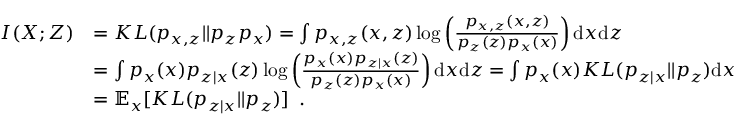
\begin{array} { r l } { I ( { X } ; { Z } ) } & { = K L ( p _ { x , z } | | p _ { z } p _ { x } ) = \int p _ { x , z } ( x , z ) \log \left( \frac { p _ { x , z } ( x , z ) } { p _ { z } ( z ) p _ { x } ( x ) } \right) \mathrm { d } x \mathrm { d } z } \\ & { = \int p _ { x } ( x ) p _ { z | x } ( z ) \log \left( \frac { p _ { x } ( x ) p _ { z | x } ( z ) } { p _ { z } ( z ) p _ { x } ( x ) } \right) \mathrm { d } x \mathrm { d } z = \int p _ { x } ( x ) K L ( p _ { z | x } | | p _ { z } ) \mathrm { d } x } \\ & { = \mathbb { E } _ { x } [ K L ( p _ { z | x } | | p _ { z } ) ] \enspace . } \end{array}